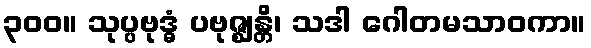
၃၀၀။ သုပ္ပဗုဒ္ဓံ ပဗုဇ္ဈန္တိ၊ သဒါ ဂေါတမသာဝကာ။